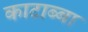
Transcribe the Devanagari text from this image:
काटाब्बा